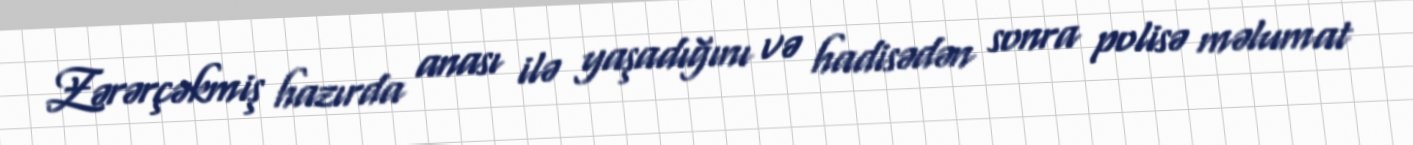
Zərərçəkmiş hazırda anası ilə yaşadığını və hadisədən sonra polisə məlumat